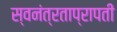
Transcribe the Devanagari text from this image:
स्वनंत्रताप्रापती